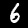
Digit: 6